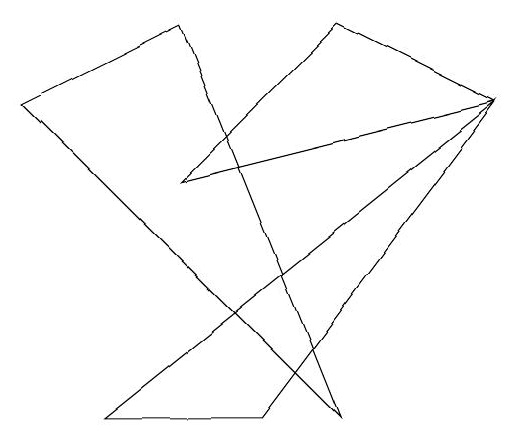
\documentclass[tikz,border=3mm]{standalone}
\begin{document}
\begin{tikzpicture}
\draw (2,6) -- (6,7) -- (4,8) -- cycle;
\draw (0,7) -- (2,8) -- (4,3) -- cycle;
\draw (6,7) -- (1,3) -- (3,3) -- cycle;
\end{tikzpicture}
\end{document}